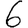
Digit: 6